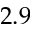
2 . 9